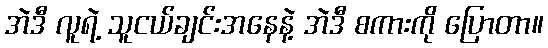
အဲဒီ လူရဲ့ သူငယ်ချင်းအနေနဲ့ အဲဒီ စကားကို ပြောတာ။